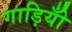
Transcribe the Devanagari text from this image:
गाड़ियोँ